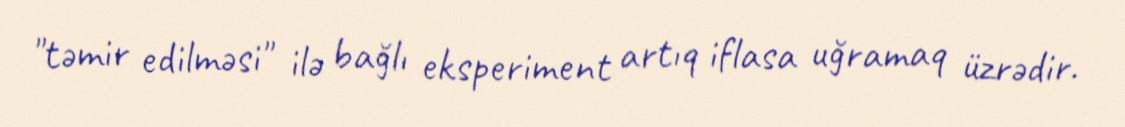
"təmir edilməsi" ilə bağlı eksperiment artıq iflasa uğramaq üzrədir.